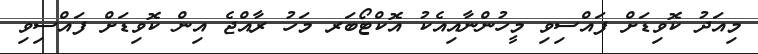
މިއަދު ކޮވިޑަށް ފައްސިވި މީހުންނާއިއެކު އޮކްޓޯބަރ މަހު ރާއްޖެ އިން ކޮވިޑަށް ފައްސިވި